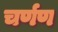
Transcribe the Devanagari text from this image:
चर्णण